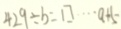
4 2 9 \div b = \square \cdots a + 5